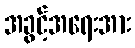
အခွင့်အရေးအား